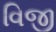
વિજી